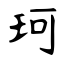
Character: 珂